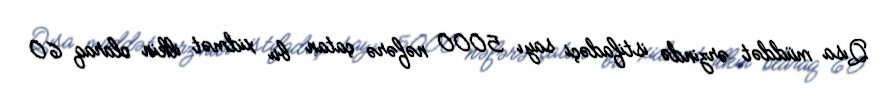
Qısa müddət ərzində istifadəçi sayı 5000 nəfərə çatan bu xidmət ilkin olaraq 60